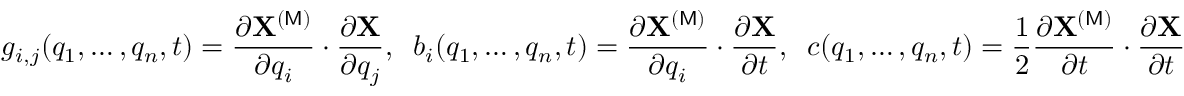
g _ { i , j } ( q _ { 1 } , \dots , q _ { n } , t ) = \frac { \partial { \bf X } ^ { ( \mathsf { M } ) } } { \partial q _ { i } } \cdot \frac { \partial { \bf X } } { \partial q _ { j } } , \; \; b _ { i } ( q _ { 1 } , \dots , q _ { n } , t ) = \frac { \partial { \bf X } ^ { ( \mathsf { M } ) } } { \partial q _ { i } } \cdot \frac { \partial { \bf X } } { \partial t } , \; \; c ( q _ { 1 } , \dots , q _ { n } , t ) = \frac { 1 } { 2 } \frac { \partial { \bf X } ^ { ( \mathsf { M } ) } } { \partial t } \cdot \frac { \partial { \bf X } } { \partial t }